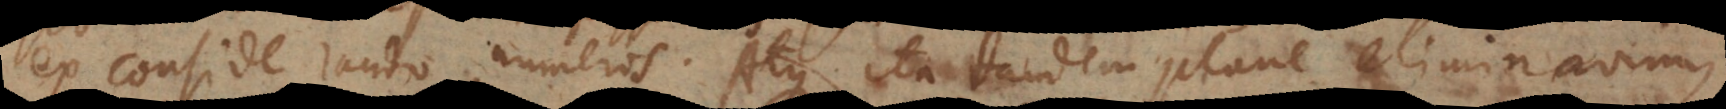
ex considerando numeros. Atque ita tandem plane eliminavimus